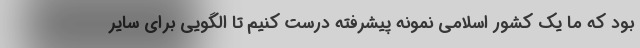
بود که ما یک کشور اسلامی نمونه پیشرفته درست کنیم تا الگویی برای سایر